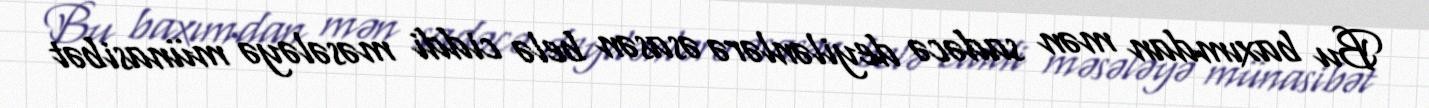
Bu baxımdan mən sadəcə deyilənlərə əsasən belə ciddi məsələyə münasibət